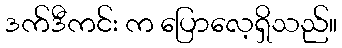
ဒက်ဒီကင်း က ပြောလေ့ရှိသည်။